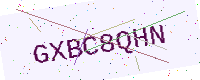
Text: GXBC8QHN